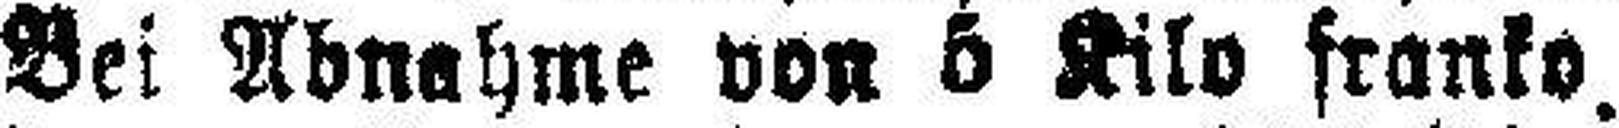
Bei Abnahme von 6 Kilo franko.